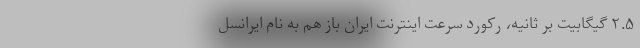
۲.۵ گیگابیت بر ثانیه، رکورد سرعت اینترنت ایران باز هم به نام ایرانسل